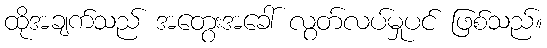
ထိုအချက်သည် အတွေးအခေါ် လွတ်လပ်မှုပင် ဖြစ်သည်။